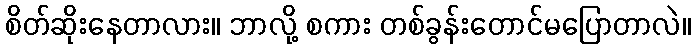
စိတ်ဆိုးနေတာလား။ ဘာလို့ စကား တစ်ခွန်းတောင်မပြောတာလဲ။